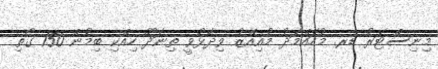
މިނިސްޓަރު ޑރ. މުހައްމަދު މުއިއްޒު ވިިދާޅުވީ ތިނަދޫ ހިއްކި ބިމުން 150 ގޯތި